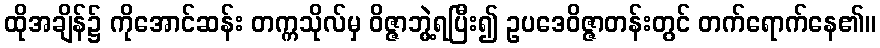
ထိုအချိန်၌ ကိုအောင်ဆန်း တက္ကသိုလ်မှ ဝိဇ္ဇာဘွဲ့ရပြီး၍ ဥပဒေဝိဇ္ဇာတန်းတွင် တက်ရောက်နေ၏။